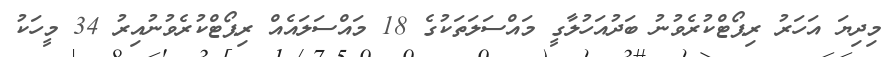
މިދިޔަ އަހަރު ރިޕޯޓްކުރެވުނު ބަދުއަހުލާގީ މައްސަލަތަކުގެ 18 މައްސަލައެއް ރިޕޯޓްކުރެވުނުއިރު 34 މީހަކު